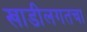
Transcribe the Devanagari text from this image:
खाडीलगतचा